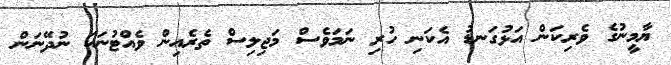
ޔާމީނުގެ ވެރިކަން އަޅުގަނޑު އެކަނި ހުރި ނަމަވެސް މަޖިލިސް ތެރެއިން ވެއްޓުނަކަ ނުދޭނަން